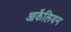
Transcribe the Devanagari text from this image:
आर्केलियन